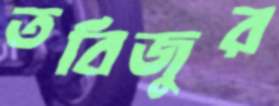
তবিজুর